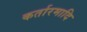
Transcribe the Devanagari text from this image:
कर्तारमादि